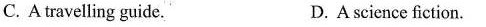
C. A travelling guide. D. A science fiction.